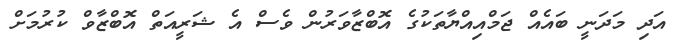
އަދި މަދަނީ ބައެއް ޖަމްއިއްޔާތަކުގެ އޮބްޒާވަރުން ވެސް އެ ޝަރީއަތް އޮބްޒާވް ކުރުމަށް